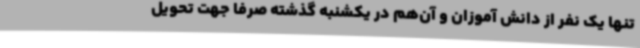
تنها یک نفر از دانش آموزان و آن‌هم در یکشنبه گذشته صرفاً جهت تحویل